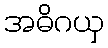
အဓိဂယှ